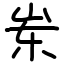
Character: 岽